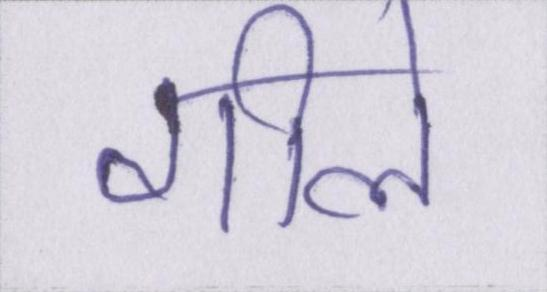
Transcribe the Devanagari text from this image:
गीले